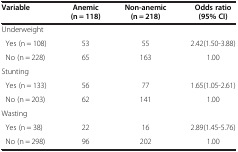
<table><thead><tr><td rowspan="2"><b>Variable</b></td><td><b>Anemic</b></td><td><b>Non-anemic</b></td><td><b>Odds ratio</b></td></tr><tr><td><b>(n = 118)</b></td><td><b>(n = 218)</b></td><td><b>(95% CI)</b></td></tr></thead><tbody><tr><td colspan="4">Underweight</td></tr><tr><td> Yes (n = 108)</td><td>53</td><td>55</td><td>2.42(1.50-3.88)</td></tr><tr><td> No (n = 228)</td><td>65</td><td>163</td><td>1.00</td></tr><tr><td colspan="4">Stunting</td></tr><tr><td> Yes (n = 133)</td><td>56</td><td>77</td><td>1.65(1.05-2.61)</td></tr><tr><td> No (n = 203)</td><td>62</td><td>141</td><td>1.00</td></tr><tr><td colspan="4">Wasting</td></tr><tr><td> Yes (n = 38)</td><td>22</td><td>16</td><td>2.89(1.45-5.76)</td></tr><tr><td> No (n = 298)</td><td>96</td><td>202</td><td>1.00</td></tr></tbody></table>